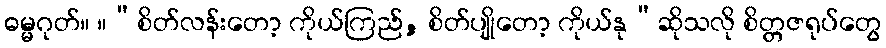
ဓမ္မဂုတ်။ ။“စိတ်လန်းတော့ ကိုယ်ကြည်, စိတ်ပျိုတော့ ကိုယ်နု”ဆိုသလို စိတ္တဇရုပ်တွေ